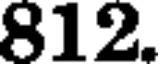
812.